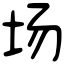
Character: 场